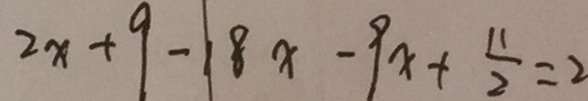
2 x + 9 - 1 8 x - 9 x + \frac { 1 1 } { 2 } = 2